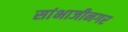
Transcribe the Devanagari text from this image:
सांभाजीनगर